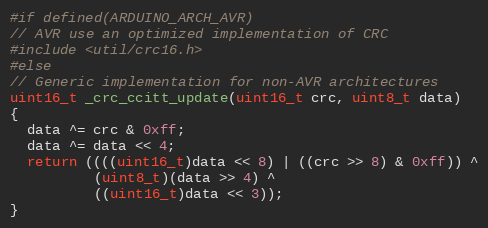
Language: C++
#if defined(ARDUINO_ARCH_AVR)
// AVR use an optimized implementation of CRC
#include <util/crc16.h>
#else
// Generic implementation for non-AVR architectures
uint16_t _crc_ccitt_update(uint16_t crc, uint8_t data)
{
  data ^= crc & 0xff;
  data ^= data << 4;
  return ((((uint16_t)data << 8) | ((crc >> 8) & 0xff)) ^
          (uint8_t)(data >> 4) ^
          ((uint16_t)data << 3));
}